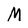
Character: M